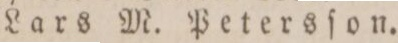
Lars M. Petersſon.